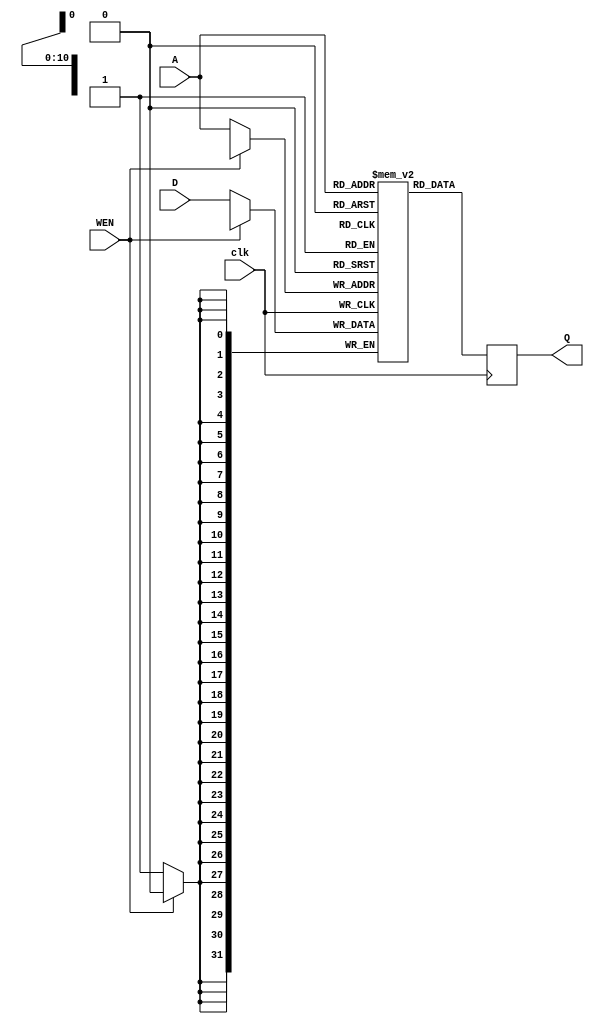
/* verilator lint_off UNUSED */
/* verilator lint_off CASEX */
/* verilator lint_off PINNOCONNECT */
/* verilator lint_off PINMISSING */
/* verilator lint_off IMPLICIT */
/* verilator lint_off WIDTH */
/* verilator lint_off CASEINCOMPLETE */
/* verilator lint_off COMBDLY */

module datacache (A,D,Q,WEN,clk);
input [10:0] A;
input [31:0] D;
output reg [31:0] Q;
input clk;
input WEN;
reg [31:0] Mem [2047:0];

always @(posedge clk) Q <= Mem[A];
always @(posedge clk) if (WEN ==0) Mem[A] <= D;

endmodule